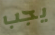
يجب